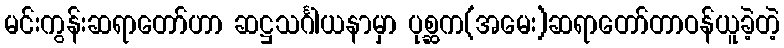
မင်းကွန်းဆရာတော်ဟာ ဆဋ္ဌသင်္ဂါယနာမှာ ပုစ္ဆက(အမေး)ဆရာတော်တာဝန်ယူခဲ့တဲ့